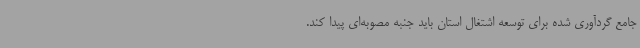
جامع گردآوری شده برای توسعه اشتغال استان باید جنبه مصوبه‌ای پیدا کند.